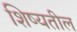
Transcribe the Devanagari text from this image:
शिष्यतील